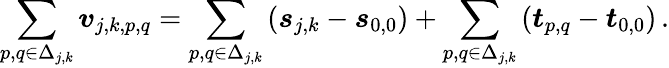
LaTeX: \sum_{p,q\in\Delta_{j,k}}\boldsymbol{v}_{j,k,p,q}=\sum_{p,q\in\Delta_{j,k}}\left(\boldsymbol{s}_{j,k}-\boldsymbol{s}_{0,0}\right)+\sum_{p,q\in\Delta_{j,k}}\left(\boldsymbol{t}_{p,q}-\boldsymbol{t}_{0,0}\right)\, .